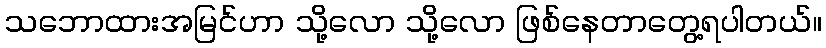
သဘောထားအမြင်ဟာ သို့လော သို့လော ဖြစ်နေတာတွေ့ရပါတယ်။